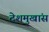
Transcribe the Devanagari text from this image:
देशमुखांस